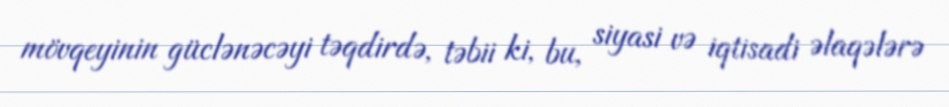
mövqeyinin güclənəcəyi təqdirdə, təbii ki, bu, siyasi və iqtisadi əlaqələrə